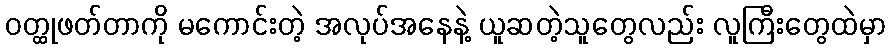
ဝတ္ထုဖတ်တာကို မကောင်းတဲ့ အလုပ်အနေနဲ့ ယူဆတဲ့သူတွေလည်း လူကြီးတွေထဲမှာ